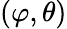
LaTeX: \left(\varphi,\theta\right)